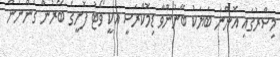
މިސްރުގައި އޮންނަ ބަޔަކު ބޭނުންވާ ޑިމޮކްރަސީ އަކީ ވޯޓު ފޮށީގެ ބޭރުން ގެންނަން